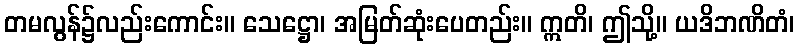
တမလွန်၌လည်းကောင်း။ သေဋ္ဌော၊ အမြတ်ဆုံးပေတည်း။ ဣတိ၊ ဤသို့။ ယဒိဘဏိတံ၊